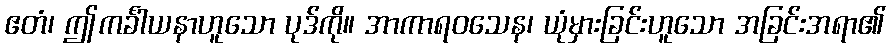
ဧတံ၊ ဤကင်္ခါယနာဟူသော ပုဒ်ကို။ အာကာရဝသေန၊ ယုံမှားခြင်းဟူသော အခြင်းအရာ၏